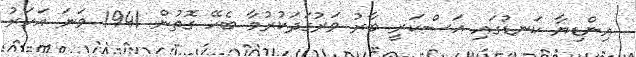
އިންޑިޔާ ކަނޑުގައި އަސްކަރީ ބާރު ވަރުގަދަކުރުމާ ބެހޭ ގޮތުން 1941 ވަނަ އަހަރު